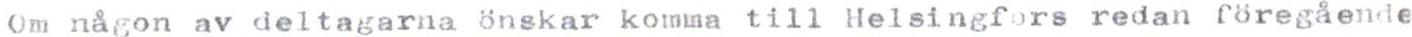
Om någon av deltagarna önskar komma till Helsingfors redan föregående